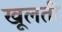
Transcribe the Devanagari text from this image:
खूलती